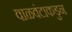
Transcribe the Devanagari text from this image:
वाळवंटाकडुन